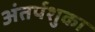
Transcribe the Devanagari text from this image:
अंतर्पशुका